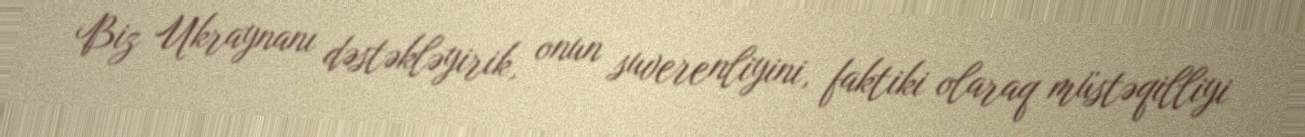
Biz Ukraynanı dəstəkləyirik, onun suverenliyini, faktiki olaraq müstəqilliyi